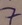
Text: 7